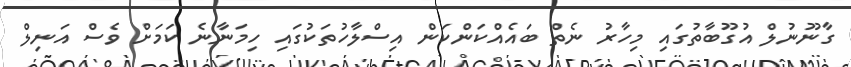
ގާނޫނުލް އުގޫބާތުގައި މިހާރު ނެތް ބައެއްކަންކަން އިސްލާހުތަކުގައި ހިމަނާނެ ކަމަށް ވެސް އަނިލް